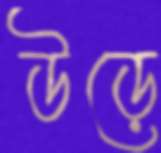
উড়ে